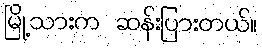
မြို့သားက ဆန်းပြားတယ်။